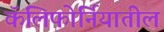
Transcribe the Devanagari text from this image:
कॅलिफाेर्नियातील